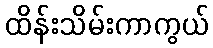
ထိန်းသိမ်းကာကွယ်